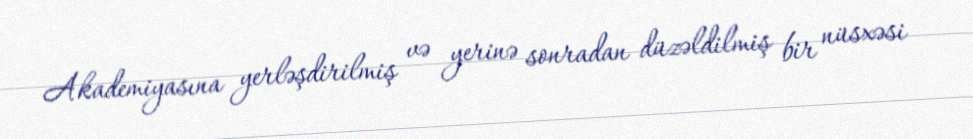
Akademiyasına yerləşdirilmiş və yerinə sonradan düzəldilmiş bir nüsxəsi